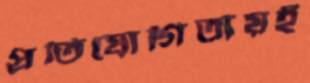
প্রতিযোগিতায়ই